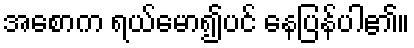
အစောက ရယ်မော၍ပင် နေပြန်ပါ၏။